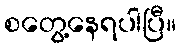
စတွေ့နေရပါပြီ။